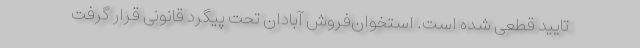
تایید قطعی شده است. استخوان‌فروش آبادان تحت پیگرد‌ قانونی‌ قرار گرفت‌